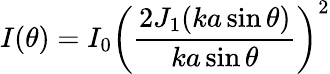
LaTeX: I(\theta)=I_{0}\left({\frac{2J_{1}(ka\sin\theta)}{ka\sin\theta}}\right)^{2}